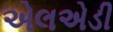
એલએડી